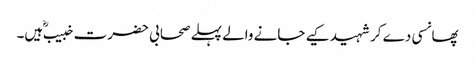
پھانسی دے کر شہید کیے جانے والے پہلے صحابی حضرت خبیب ؓ ہیں۔